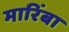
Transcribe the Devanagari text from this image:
मारिंबा